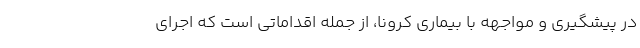
در پیشگیری و مواجهه با بیماری کرونا، از جمله اقداماتی است که اجرای